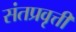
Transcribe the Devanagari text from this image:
संतप्रवृत्ती